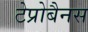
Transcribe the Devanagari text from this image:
टेप्रोबैनस